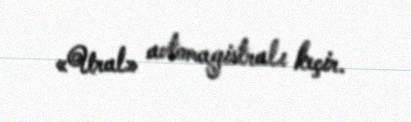
«Ural» avtomagistralı keçir.